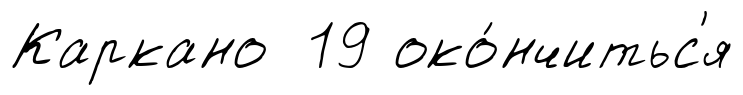
Каркано 19 око́нчитьс'я